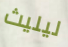
ليليث